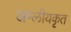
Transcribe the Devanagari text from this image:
अम्लीयकृत